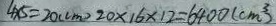
4 \times 5 = 2 0 ( c m ) 2 0 \times 1 6 \times 1 2 = 6 4 0 0 ( c m ^ { 3 } )